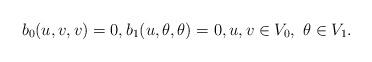
LaTeX: \begin{align*}b_0(u,v,v)=0,b_1(u,\theta,\theta)=0,u,v\in V_0,\ \theta\in V_1.\end{align*}